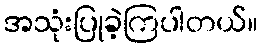
အသုံးပြုခဲ့ကြပါတယ်။